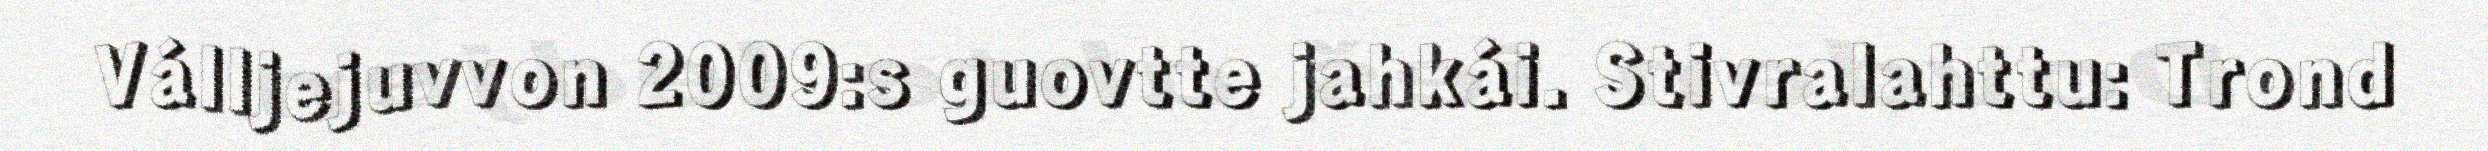
Válljejuvvon 2009:s guovtte jahkái. Stivralahttu: Trond